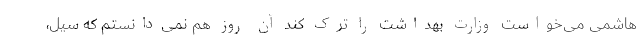
هاشمی می‌خواست وزارت بهداشت را ترک کند آن روز هم نمی‌دانستم که سیل،